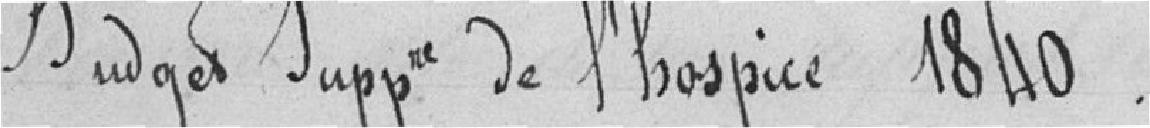
Budget Supplémentaire de l'hospice 1840